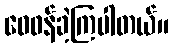
ဝေဖန်ခဲ့ကြပါတယ်။